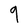
Character: 9